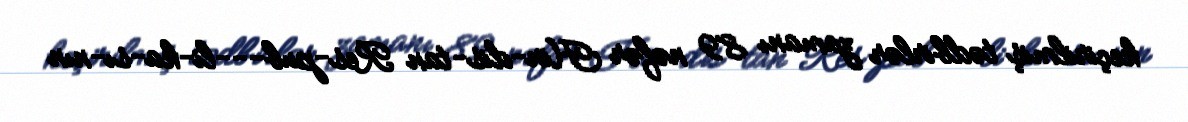
keçirilmiş tədbirlər zamanı 89 nəfər Hin­dis­tan Res­pub­­­li­ka­sı­nın